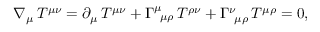
\begin{array} { r } { \nabla _ { \mu } \, T ^ { \mu \nu } = \partial _ { \mu } \, T ^ { \mu \nu } + \Gamma _ { \, \, \, \mu \rho } ^ { \mu } \, T ^ { \rho \nu } + \Gamma _ { \, \, \, \mu \rho } ^ { \nu } \, T ^ { \mu \rho } = 0 , } \end{array}